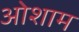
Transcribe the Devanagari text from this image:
ओशाम